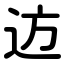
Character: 䢍